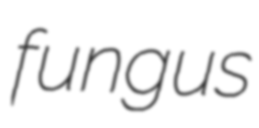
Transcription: fungus